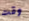
وقت